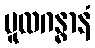
မူလဂန္ဓာနံ